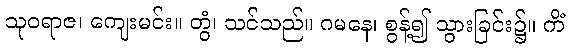
သုဝရာဇ၊ ကျေးမင်း။ တွံ၊ သင်သည်။ ဂမနေ၊ စွန့်၍ သွားခြင်း၌။ ကိံ